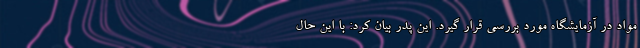
مواد در آزمایشگاه مورد بررسی قرار گیرد. این پدر بیان کرد: با این حال